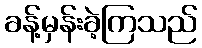
ခန့်မှန်းခဲ့ကြသည်